Report on vaccination in Madras 1922-1929 - 1922-1929
Year: 1922
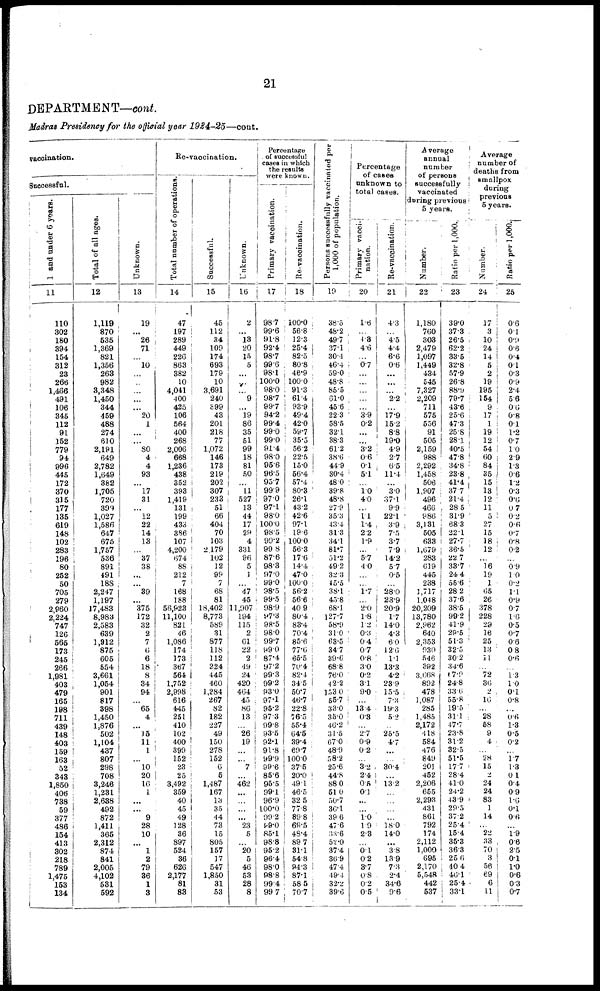
21
DEPARTMENT—cont.
Madras Presidency for the official year 1924-25—cont.
vaccination.
Successful.
1 and under 6 years.
11
110
302
180
394
154
312
23
266
1,466
491
106
345
112
91
152
779
94
996
445
172
370
315
177
135
619
148
102
283
196
80
252
50
705
279
2,960
2,224
747
126
565
173
245
266
1,981
403
479
165
198
711
439
148
403
159
163
52
343
1,850
406
738
59
377
486
154
413
302
218
789
1,475
153
134
Total of all ages.
12
1,119
870
535
1,369
821
1,356
268
982
3,348
1,450
344
459
488
274
610
2,191
649
2,782
1,649
382
1,705
720
399
1,027
1,586
647
675
1,757
536
891
491
188
2,247
1,197
17,483
8,983
2,583
639
1,912
875
605
554
3,661
1,054
901
817
398
1,450
1,876
502
1,104
437
807
298
708
3,246
1,231
2,638
492
872
1,411
365
2,312
874
841
2,005
4,102
581
592
Unknown.
13
19
...
26
71
...
10
...
...
...
...
...
20
1
...
...
80
4
4
93
...
17
31
...
12
22
14
13
...
37
38
...
...
39
...
375
172
32
2
7
6
6
18
8
34
94
...
65
4
...
15
11
1
...
10
20
16
1
...
...
9
28
10
...
1
2
79
36
1
3
Re-vaccination.
Total number of operations.
14
47
197
289
449
226
863
382
10
4,041
400
425
106
564
400
268
2,006
668
1,236
438
352
393
1,419
131
199
433
386
107
4,200
674
88
212
7
168
188
56,923
11,100
821
46
1,086
174
173
367
564
1,752
2,998
616
445
251
410
102
400
399
152
23
25
3,492
359
40
45
49
128
36
897
524
36
626
2,177
81
83
Successful.
15
45
112
34
109
174
693
179
10
3,691
240
399
43
201
218
77
1,072
146
173
219
202
307
233
51
66
404
70
103
2 179
102
12
99
7
68
81
18,402
8,773
589
31
877
118
112
224
445
460
1,284
267
82
182
227
49
150
278
152
6
5
1,487
167
13
35
44
73
15
805
157
17
547
1,850
31
53
Unknown.
16
2
... 13
20
15
5
...
...
...
9
... 19
86
35
51
99
18
81
50
...
11
527
13
44
17
29
4
331
96
5
1
...
47
45
11,907
194
115
2
61
22
2
49
24
420
464
45
86
13
...
26
19
...
...
7
...
462
...
...
...
...
23
5
...
20
5
46
53
28
8
Percentage
of successful
cases in which
the results
were known.
Primary vaccination.
17
98.7
99.6
91.8
92.4
98.7
99.6
98.1
100.0
98.0
98.7
99.7
94.2
99.4
99.0
99.0
91.4
98.0
95.6
96.5
95.7
99.9
97.0
97.1
98.0
100.0
98.5
99.2
99.8
87.6
98.3
97.0
99.0
98.5
99.5
98.9
97.3
98.5
98.0
99.7
99.0
87.4
97.2
99.3
99.2
93.0
97.1
95.2
97.3
99.8
93.5
92.1
91.8
99.9
99.6
85.6
95.5
99.1
96.9
100.0
99.2
99.0
85.1
98.8
95.2
96.4
98.0
98.8
99.4
99.7
Re-vaccination.
18
100.0
56.8
12.3
25.4
82.5
80.8
46.9
100.0
91.3
61.4
93.9
49.4
42.0
59.7
35.5
56.2
22.5
15.0
56.4
57.4
80.3
26.1
43.2
42.6
97.1
19.6
100.0
56.3
17.6
14.4
47.0
100.0
56.2
56.6
40.9
80.4
83.4
70.4
85.6
77.6
65.5
70.4
82.4
34.5
50.7
46.7
22.8
76.5
55.4
64.5
39.4
69.7
100.0
37.5
20.0
49.1
46.5
32.5
77.8
89.8
69.5
48.4
89.7
31.1
54.8
94.3
87.1
58.5
70.7
Persons successfully vaccinated per
1,000 of population.
19
38.5
48.2
49.7
37.1
30.4
46.4
59.0
48.8
85.5
61.0
45.6
22.3
58.5
32.1
38.3
61.2
38.6
44.9
30.4
48.0
39.8
48.8
27.9
35.3
43.4
31.3
34.1
81.7
51.2
49.2
32.3
45.5
38.1
45.8
68.1
127.7
58.9
31.0
63.5
34.7
39.6
68.8
76.0
42.2
153.0
55.7
33.0
35.0
46.2
31.5
67.0
48.9
58.2
25.6
44.8
88.0
51.0
50.7
36.1
39.6
47.6
33.6
52.0
37.4
36.9
47.4
49.4
32.2
39.6
Percentage
of cases
unknown to
total cases.
Primary vacci¬
nation.
20
1.6
...
4.3 4.6
...
0.7
...
...
...
...
... 3.9
0.2
...
...
3.2
0.6
0.1
5.1
...
1.0 4.0
...
1.1
1.4
2.2
1.9
...
5.7
4.0
...
...
1.7
...
2.0
1.8
1.2
0.3
0.4
0.7
0.8
3.0
0.2
3.1
9.0
...
13.4
0.3
... 2.7
0.9
0.2
... 3.2
2.4
0.5
0.1
...
... 1.0
1.9
2.3
...
0.1
0.2
3.7
0.8
0.2
0.5
Re-vaccination.
21
4.3
...
4.5
4.4
6.6
0.6
...
...
...
2.2
...
17.9
15.2
8.8
19.0
4.9
2.7
6.5
11.4
...
3.0
37.1
9.9
22.1
3.9
7.5
3.7
7.9
14.2
5.7
0.5
...
28.0
23.9
20.9
1.7
14.0
4.3
6.0
12.6
1.1
13.3
4.2
23.9
15.5
7.3
19.3
5.2
...
25.5
4.7
...
...
30.4
...
13.2
...
...
...
...
18.0
14.0
...
3.8
13.9
7.3
2.4
34.6
9.6
Average
annual
number
of persons
successfully
vaccinated
during previous
5 years.
Number.
22
1,180
760
303
2,479
1,097
1,449
434
545
7,327
2,209
711
575
556
91
505
2,159
988
2,292
1,458
506
1,907
496
466
986
3,131
505
633
1,679
283
619
445
238
1,717
1,048
20,209
13,780
2,962
640
2,353
930
546
392
3,668
892
478
1,087
285
1,485
2,172
418
584
476
849
201
452
2,206
655
2,293
431
861
792
174
2,112
1,000
695
2,170
5,548
442
537
Ratio per 1,000.
23
39.0
37.3
26.5
62.2
33.5
32.8
57.9
26.8
88.9
79.7
43.6
25.6
47.3
25.8
28.1
40.5
47.8
34.8
23.8
41.4
37.7
21.4
28.5
31.9
68.3
22.1
27.7
36.5
22.7
33.7
24.4
55.6
28.2
37.6
38.5
99.2
41.9
29.5
51.3
32.5
30.2
34.6
67.9
24.8
33.6
55.8
19.5
31.1
47.7
23.8
31.2
32.5
51.5
17.7
28.4
41.0
24.2
43.9
29.5
37.2
25.4
15.4
35.3
36.3
25.6
40.4
46.1
25.4
33.1
Average
number of
deaths from
smallpox
during
previous
5 years.
Number.
24
17
3
10
24
14
5
2
19
195
154
9
17
1
19
12
54
60
84
35
15
13
12
11
5
27
15
18
12
... 16
19
1
65
26
378
228
29
16
25
13
11
... 72
36
2
16
... 28
58
9
4
... 28
15
2
24
24
83
1
14
... 22
33
70
3
56
69
6
11
Ratio per 1,000,
25
0.6
0.1
0.9
0.6
0.4
0.1
0.3
0.9
2.4
5.6
0.6
0.8
0.1
1.2
0.7
1.0
2.9
1.3
0.6
1.2
0.3
0.6
0.7
0.2
0.6
0.7
0.8
0.2
...
0.9
1.0
0.2
1.1
0.9
0.7
1.6
0.5
0.7
0.6
0.8
0.6
...
1.3
1.0
0.1
0.8
... 0.6
1.3
0.5
0.2
...
1.7
1.3
0.1
0.4
0.9
1.6
0.1
0.6
... 1.9
0.6
2.5
0.1
1.0
0.6
0.3
0.7